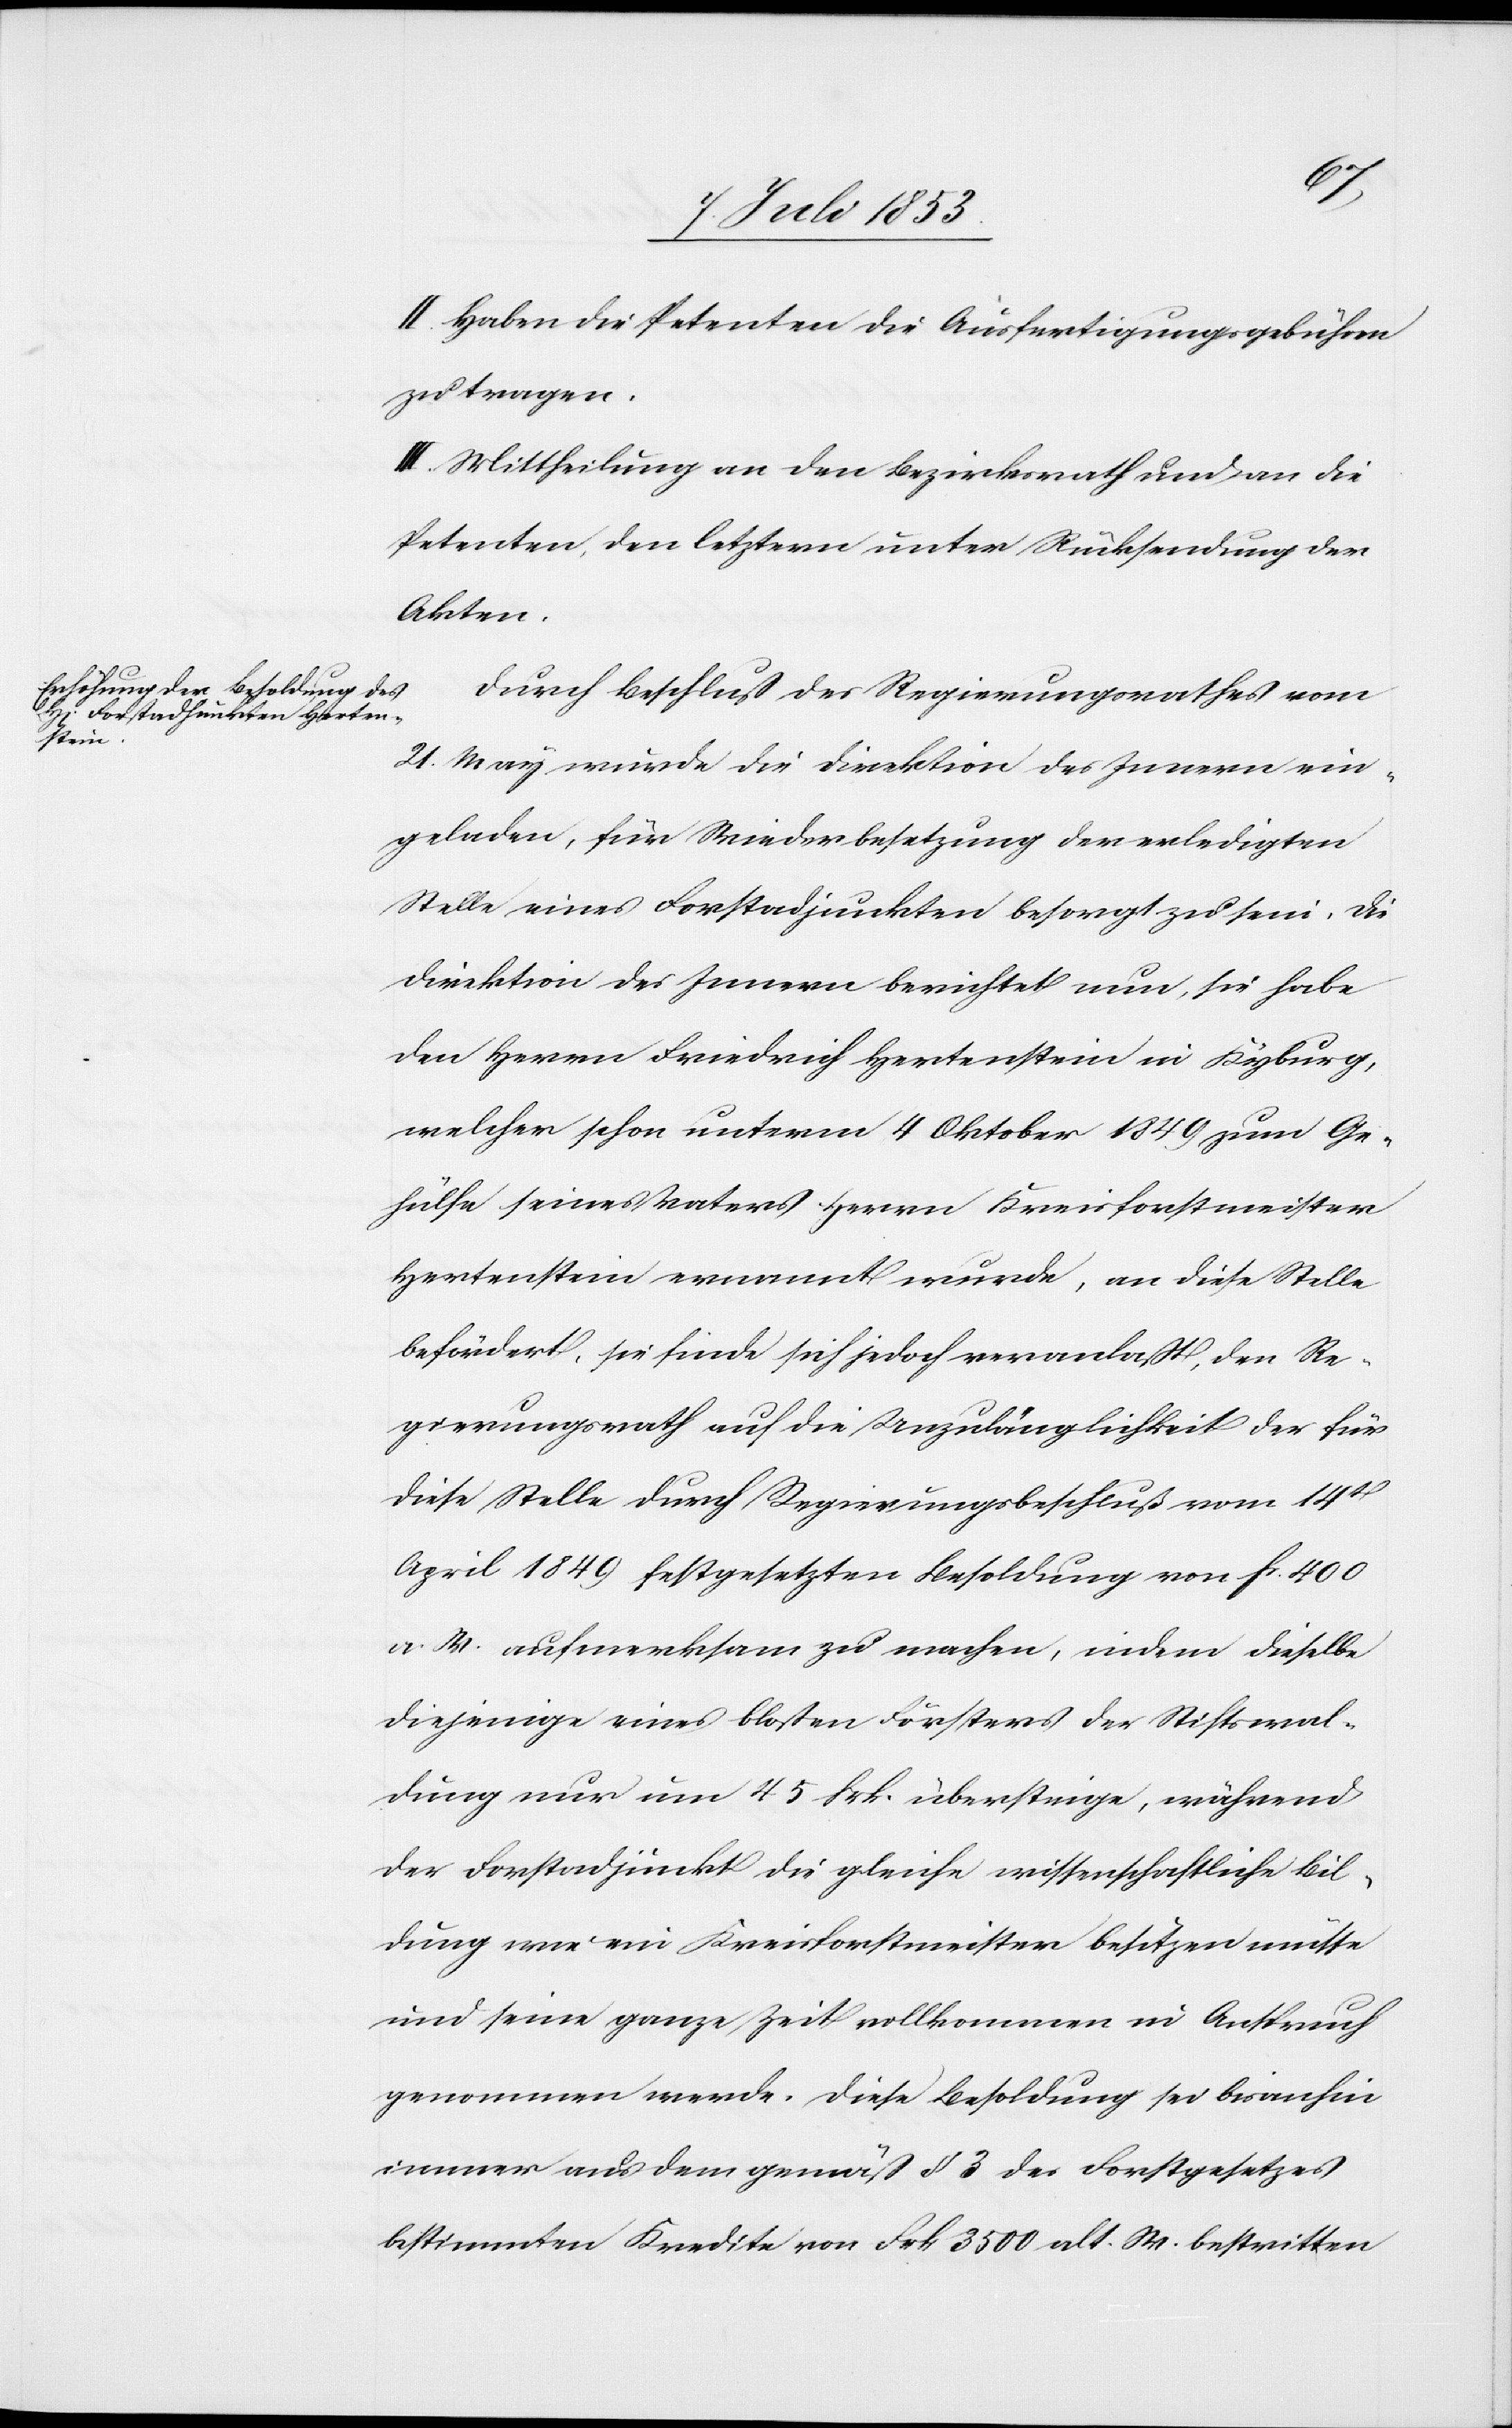
II. Haben die Petenten die Ausfertigungsgebühren
zu tragen.
III. Mittheilung an den Bezirksrath und an die
Petenten, den letztern unter Rücksendung der
Akten.
Durch Beschluß des Regierungsrathes vom
21 März wurde die Direktion des Innern ein¬
geladen, für Wiederbesetzung der erledigten
Stelle eines Forstadjunkten besorgt zu sein. Die
Direktion des Innern berichtet nun, sie habe
den Herren Friedrich Hertenstein in Kyburg,
welcher schon unterm 4 Oktober 1849 zum Ge¬
hülfe seines Vaters Herrn Kreisforstmeister
Hertenstein ernannt wurde, an diese Stelle
befördert, sie finde sich jedoch veranlaßt, den Re¬
gierungsrath auf die Unzulänglichkeit der für
diese Stelle durch Regierungsbeschluß vom 14t
April 1849 festgesetzten Besoldung von fr. 400
a. W. aufmerksam zu machen, indem dieselbe
diejenige eines bloßen Försters der Stiftsverwal¬
tung nur um 45 Frk. übersteige, während
der Forstadjunkt die gleiche wissenschaftliche Bil¬
dung wie ein Kreisforstmeister besitzen müsse
und seine ganze Zeit vollkommen in Anspruch
genommen werde. Diese Besoldung sei bisanhin
immer aus dem gemäß § 3 des Forstgesetzes
bestimmten Kredite von Frk. 3500 alt. W. bestritten